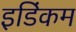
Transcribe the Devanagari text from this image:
इडिंकम